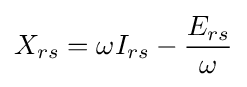
X_{rs}=\omega I_{rs}-{\frac {E_{rs}}{\omega }}